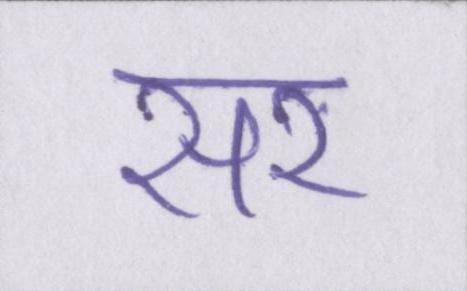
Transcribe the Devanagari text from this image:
सर